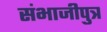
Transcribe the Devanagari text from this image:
संभाजीपुत्र